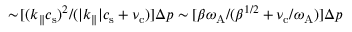
\sim \! [ ( k _ { \| } c _ { \mathrm { s } } ) ^ { 2 } / ( | k _ { \| } | c _ { \mathrm { s } } + \nu _ { \mathrm { c } } ) ] \Delta p \sim [ \beta \omega _ { \mathrm { A } } / ( \beta ^ { 1 / 2 } + \nu _ { \mathrm { c } } / \omega _ { \mathrm { A } } ) ] \Delta p